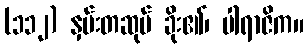
(၁၁၂) နှမ်းတဆုပ် ခိုး၏၊ ပါရာဇိက။